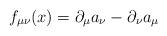
LaTeX: \begin{align*}f_{\mu \nu}(x) = \partial_\mu a_\nu - \partial_\nu a_\mu\end{align*}